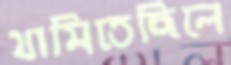
থামিতেছিলে